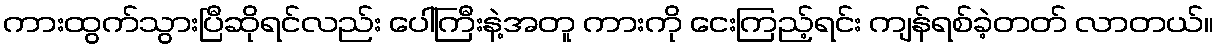
ကားထွက်သွားပြီဆိုရင်လည်း ပေါ်ကြီးနဲ့အတူ ကားကို ငေးကြည့်ရင်း ကျန်ရစ်ခဲ့တတ် လာတယ်။